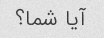
آیا شما؟